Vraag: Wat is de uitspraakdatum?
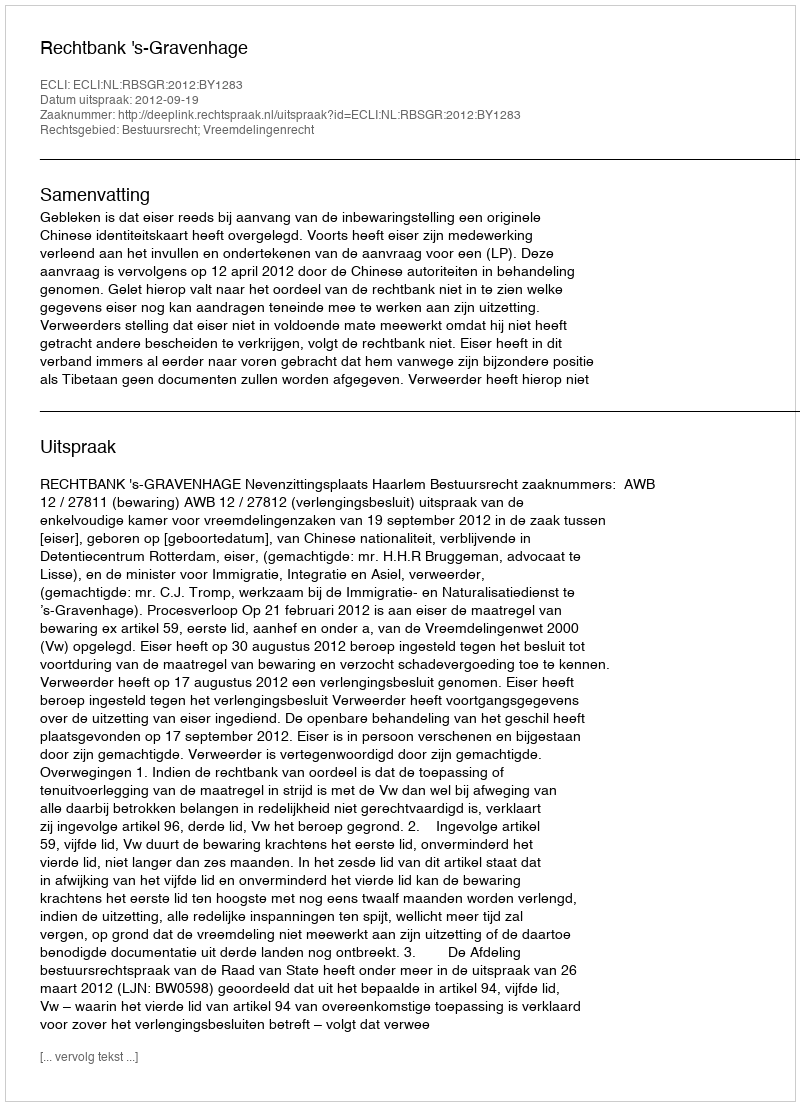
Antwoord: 2012-09-19